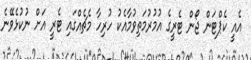
އެއީ ކެޕްޓަން ޖޯން ޓެރީގެ އުމުރުމަތިވުމާއެކު ހުރިހާ މެޗެއްގައި ޓެރީ އަށް ނުކުޅެވޭނެ